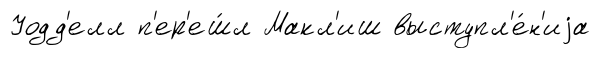
Уодд'елл п'ер'еш́л Макл'иш выступл'е́н'иjа